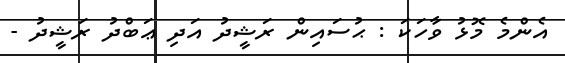
އެންމެ މޮޅު ވާހަކަ : ޙުސައިން ރަޝީދު އަދި ޢަބްދު ރަޝީދު -